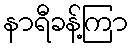
နာရီခန့်ကြာ